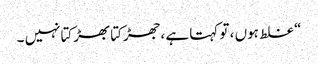
“ غلط ہوں ، تو کہتا ہے ،جھڑکتا بھڑکتانہیں ۔